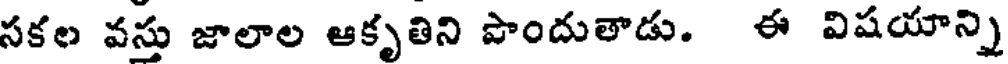
సకల వస్తు జాలాల ఆకృతిని పొందుతాడు. ఈ విషయాన్ని